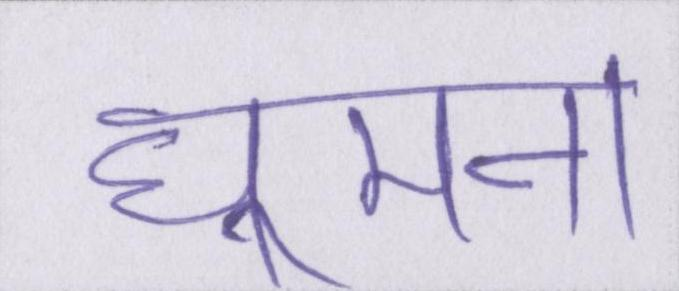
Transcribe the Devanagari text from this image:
घूमना